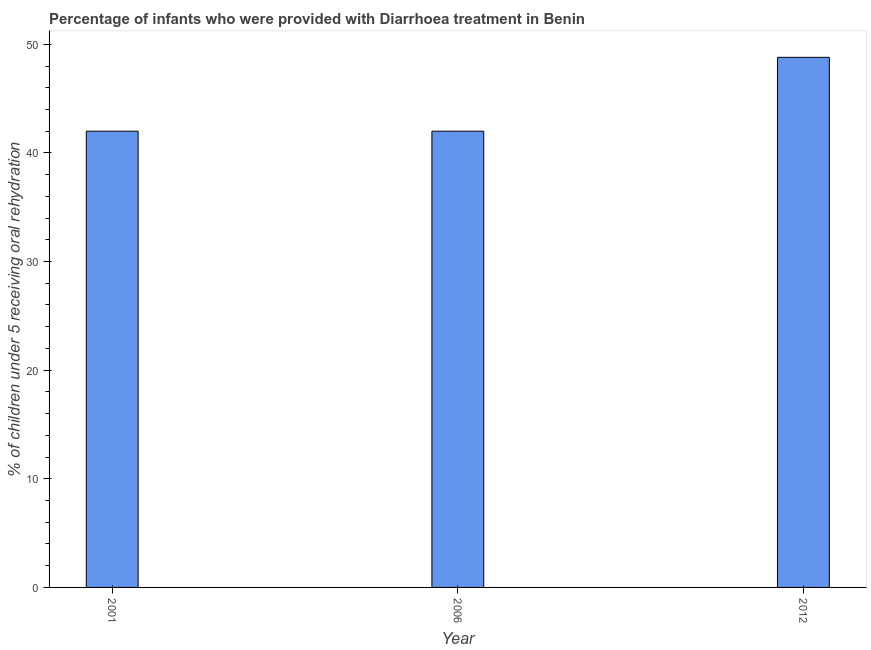
| Year | Diarrhea treatment |
 | --- | --- |
 | 2001 | 42 |
 | 2006 | 42 |
 | 2012 | 48.8 |